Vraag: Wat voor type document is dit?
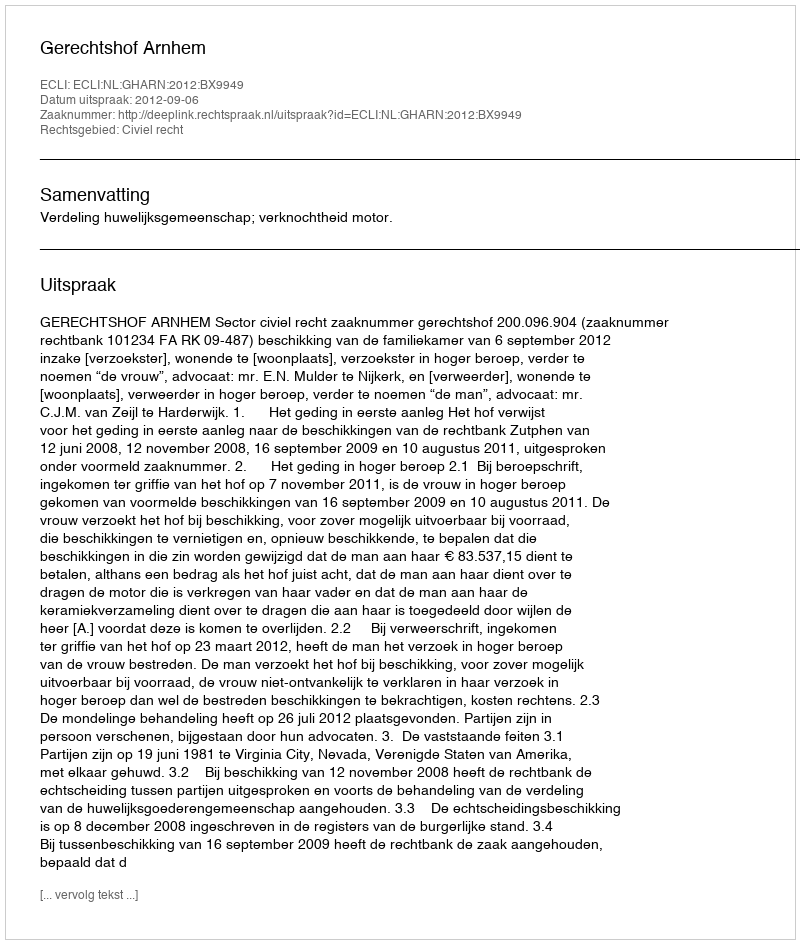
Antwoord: Uitspraak